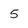
Character: 5